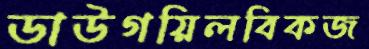
ডাউগয়িলবিকজ